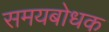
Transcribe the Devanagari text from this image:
समयबोधक